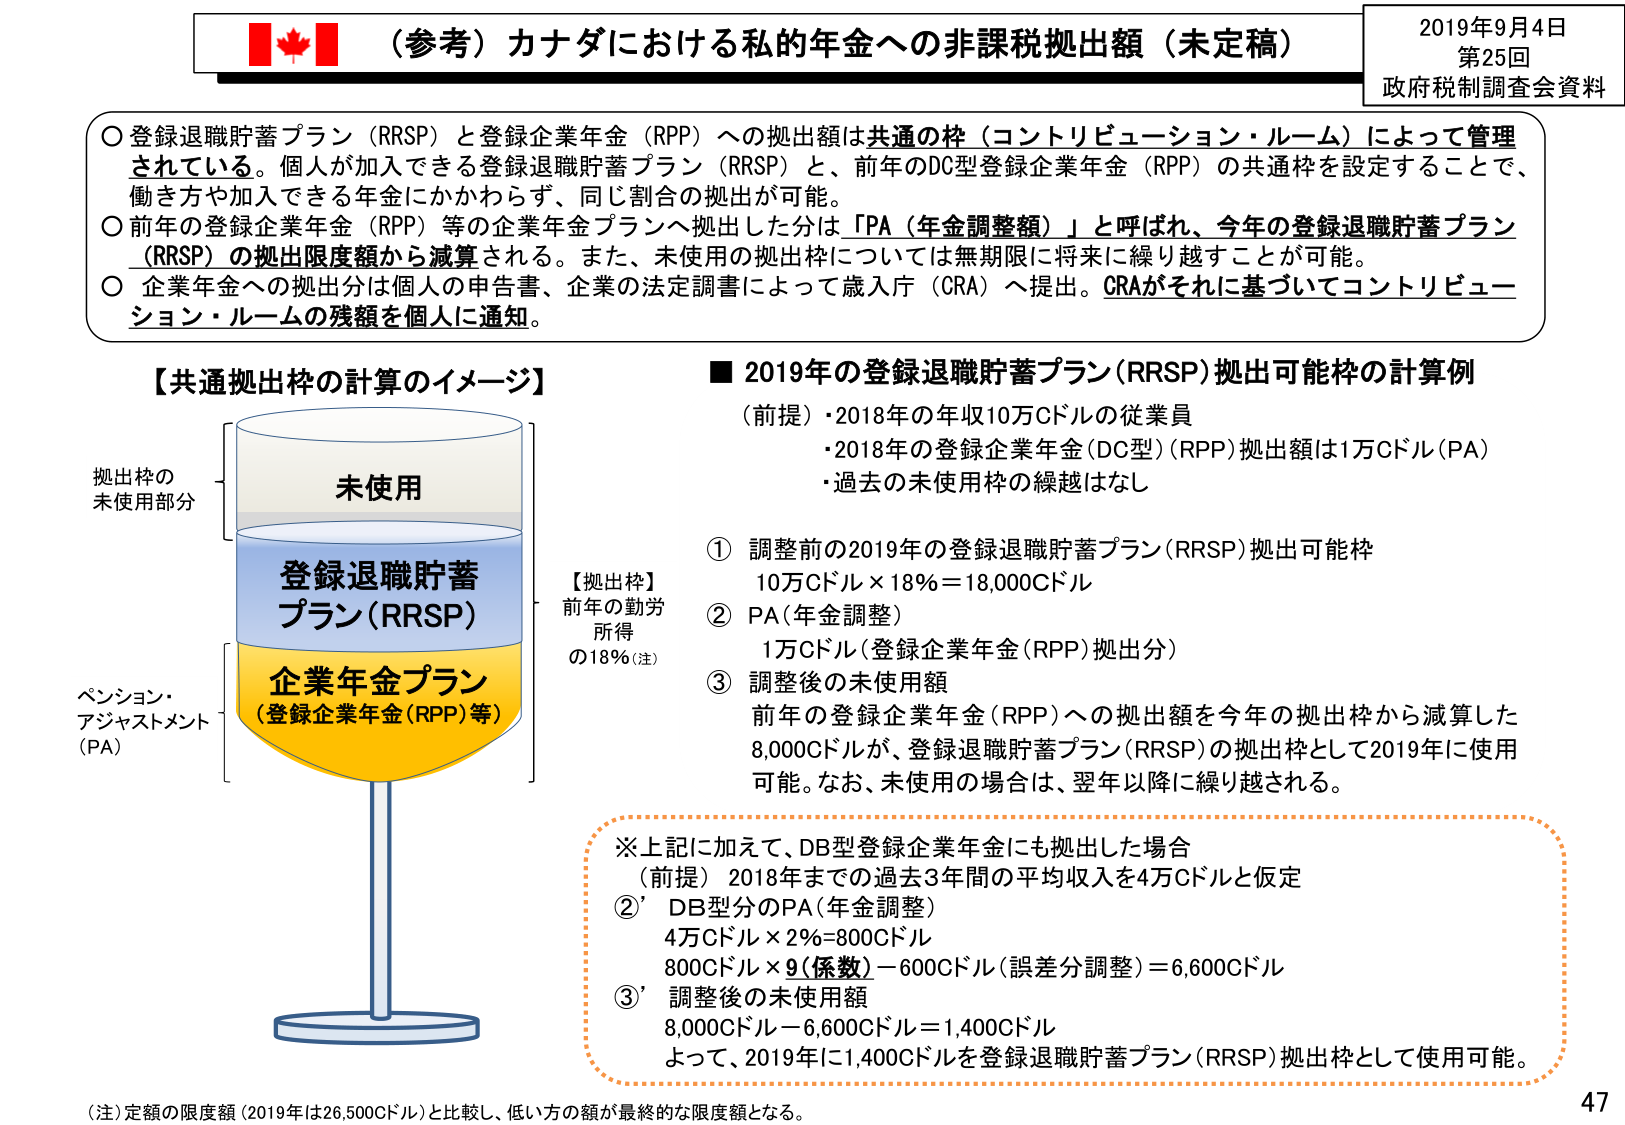
（参考）カナダにおける私的年金への非課税拠出額（未定稿）
2019年9月4日
第25回
政府税制調査会資料

○ 登録退職貯蓄プラン（RRSP）と登録企業年金（RPP）への拠出額は共通の枠（コントリビューション・ルーム）によって管理されている。個人が加入できる登録退職貯蓄プラン（RRSP）と、前年のDC型登録企業年金（RPP）の共通枠を設定することで、働き方や加入できる年金にかかわらず、同じ割合の拠出が可能。
○ 前年の登録企業年金（RPP）等の企業年金プランへ拠出した分は「PA（年金調整額）」と呼ばれ、今年の登録退職貯蓄プラン（RRSP）の拠出限度額から減算される。また、未使用の拠出枠については無期限に将来に繰り越すことが可能。
○ 企業年金への拠出額は個人の申告書、企業の法定調書によって歳入庁（CRA）へ提出。CRAがそれに基づいてコントリビューション・ルームの残額を個人に通知。

【共通拠出枠の計算のイメージ】
拠出枠の
未使用部分
未使用
登録退職貯蓄
プラン（RRSP）
企業年金プラン
（登録企業年金（RPP）等）
ペンション・
アジャストメント
（PA）
【拠出枠】
前年の勤労
所得
の18％（注）

■ 2019年の登録退職貯蓄プラン（RRSP）拠出可能枠の計算例
（前提）・2018年の年収10万Cドルの従業員
・2018年の登録企業年金（DC型）（RPP）拠出額は1万Cドル（PA）
・過去の未使用枠の繰越はなし

① 調整前の2019年の登録退職貯蓄プラン（RRSP）拠出可能枠
10万Cドル × 18％ = 18,000Cドル
② PA（年金調整）
1万Cドル（登録企業年金（RPP）拠出分）
③ 調整後の未使用額
前年の登録企業年金（RPP）への拠出額を今年の拠出枠から減算した
8,000Cドルが、登録退職貯蓄プラン（RRSP）の拠出枠として2019年に使用可能。なお、未使用の場合は、翌年以降に繰り越される。

※上記に加えて、DB型登録企業年金にも拠出した場合
（前提）2018年までの過去3年間の平均収入を4万Cドルと仮定
②’ DB型分のPA（年金調整）
4万Cドル × 2％ = 800Cドル
800Cドル × 9（係数）－600Cドル（誤差分調整） = 6,600Cドル
③’ 調整後の未使用額
8,000Cドル－6,600Cドル = 1,400Cドル
よって、2019年に1,400Cドルを登録退職貯蓄プラン（RRSP）拠出枠として使用可能。

（注）定額の限度額（2019年は26,500Cドル）と比較し、低い方の額が最終的な限度額となる。
47